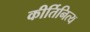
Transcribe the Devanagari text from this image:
कीर्तिनित्य